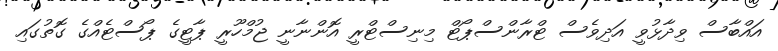
އައްބާސް ވިދާޅުވީ އަދިވެސް ޓްރާންސްޕޯޓް މިނިސްޓްރީ އޮންނާނީ ޖުމްހޫރީ ޕާޓީގެ ޕޯސްޓެއްގެ ގޮތުގައި